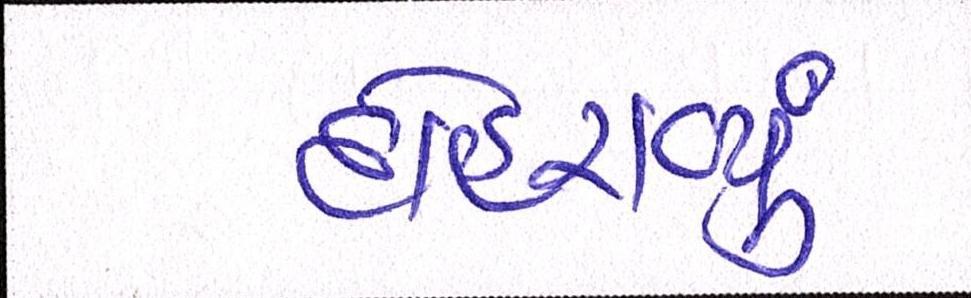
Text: દોહરાવ્યું